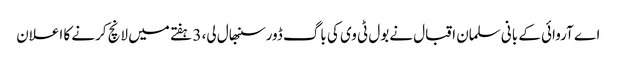
اے آروائی کے بانی سلمان اقبال نےبول ٹی وی کی باگ ڈورسنبھال لی، 3 ہفتے میں لانچ کرنے کا اعلان